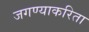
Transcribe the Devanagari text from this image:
जगण्याकरिता